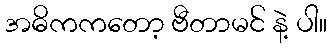
အဓိကကတော့ ဗီတာမင် နဲ့ ပါ။